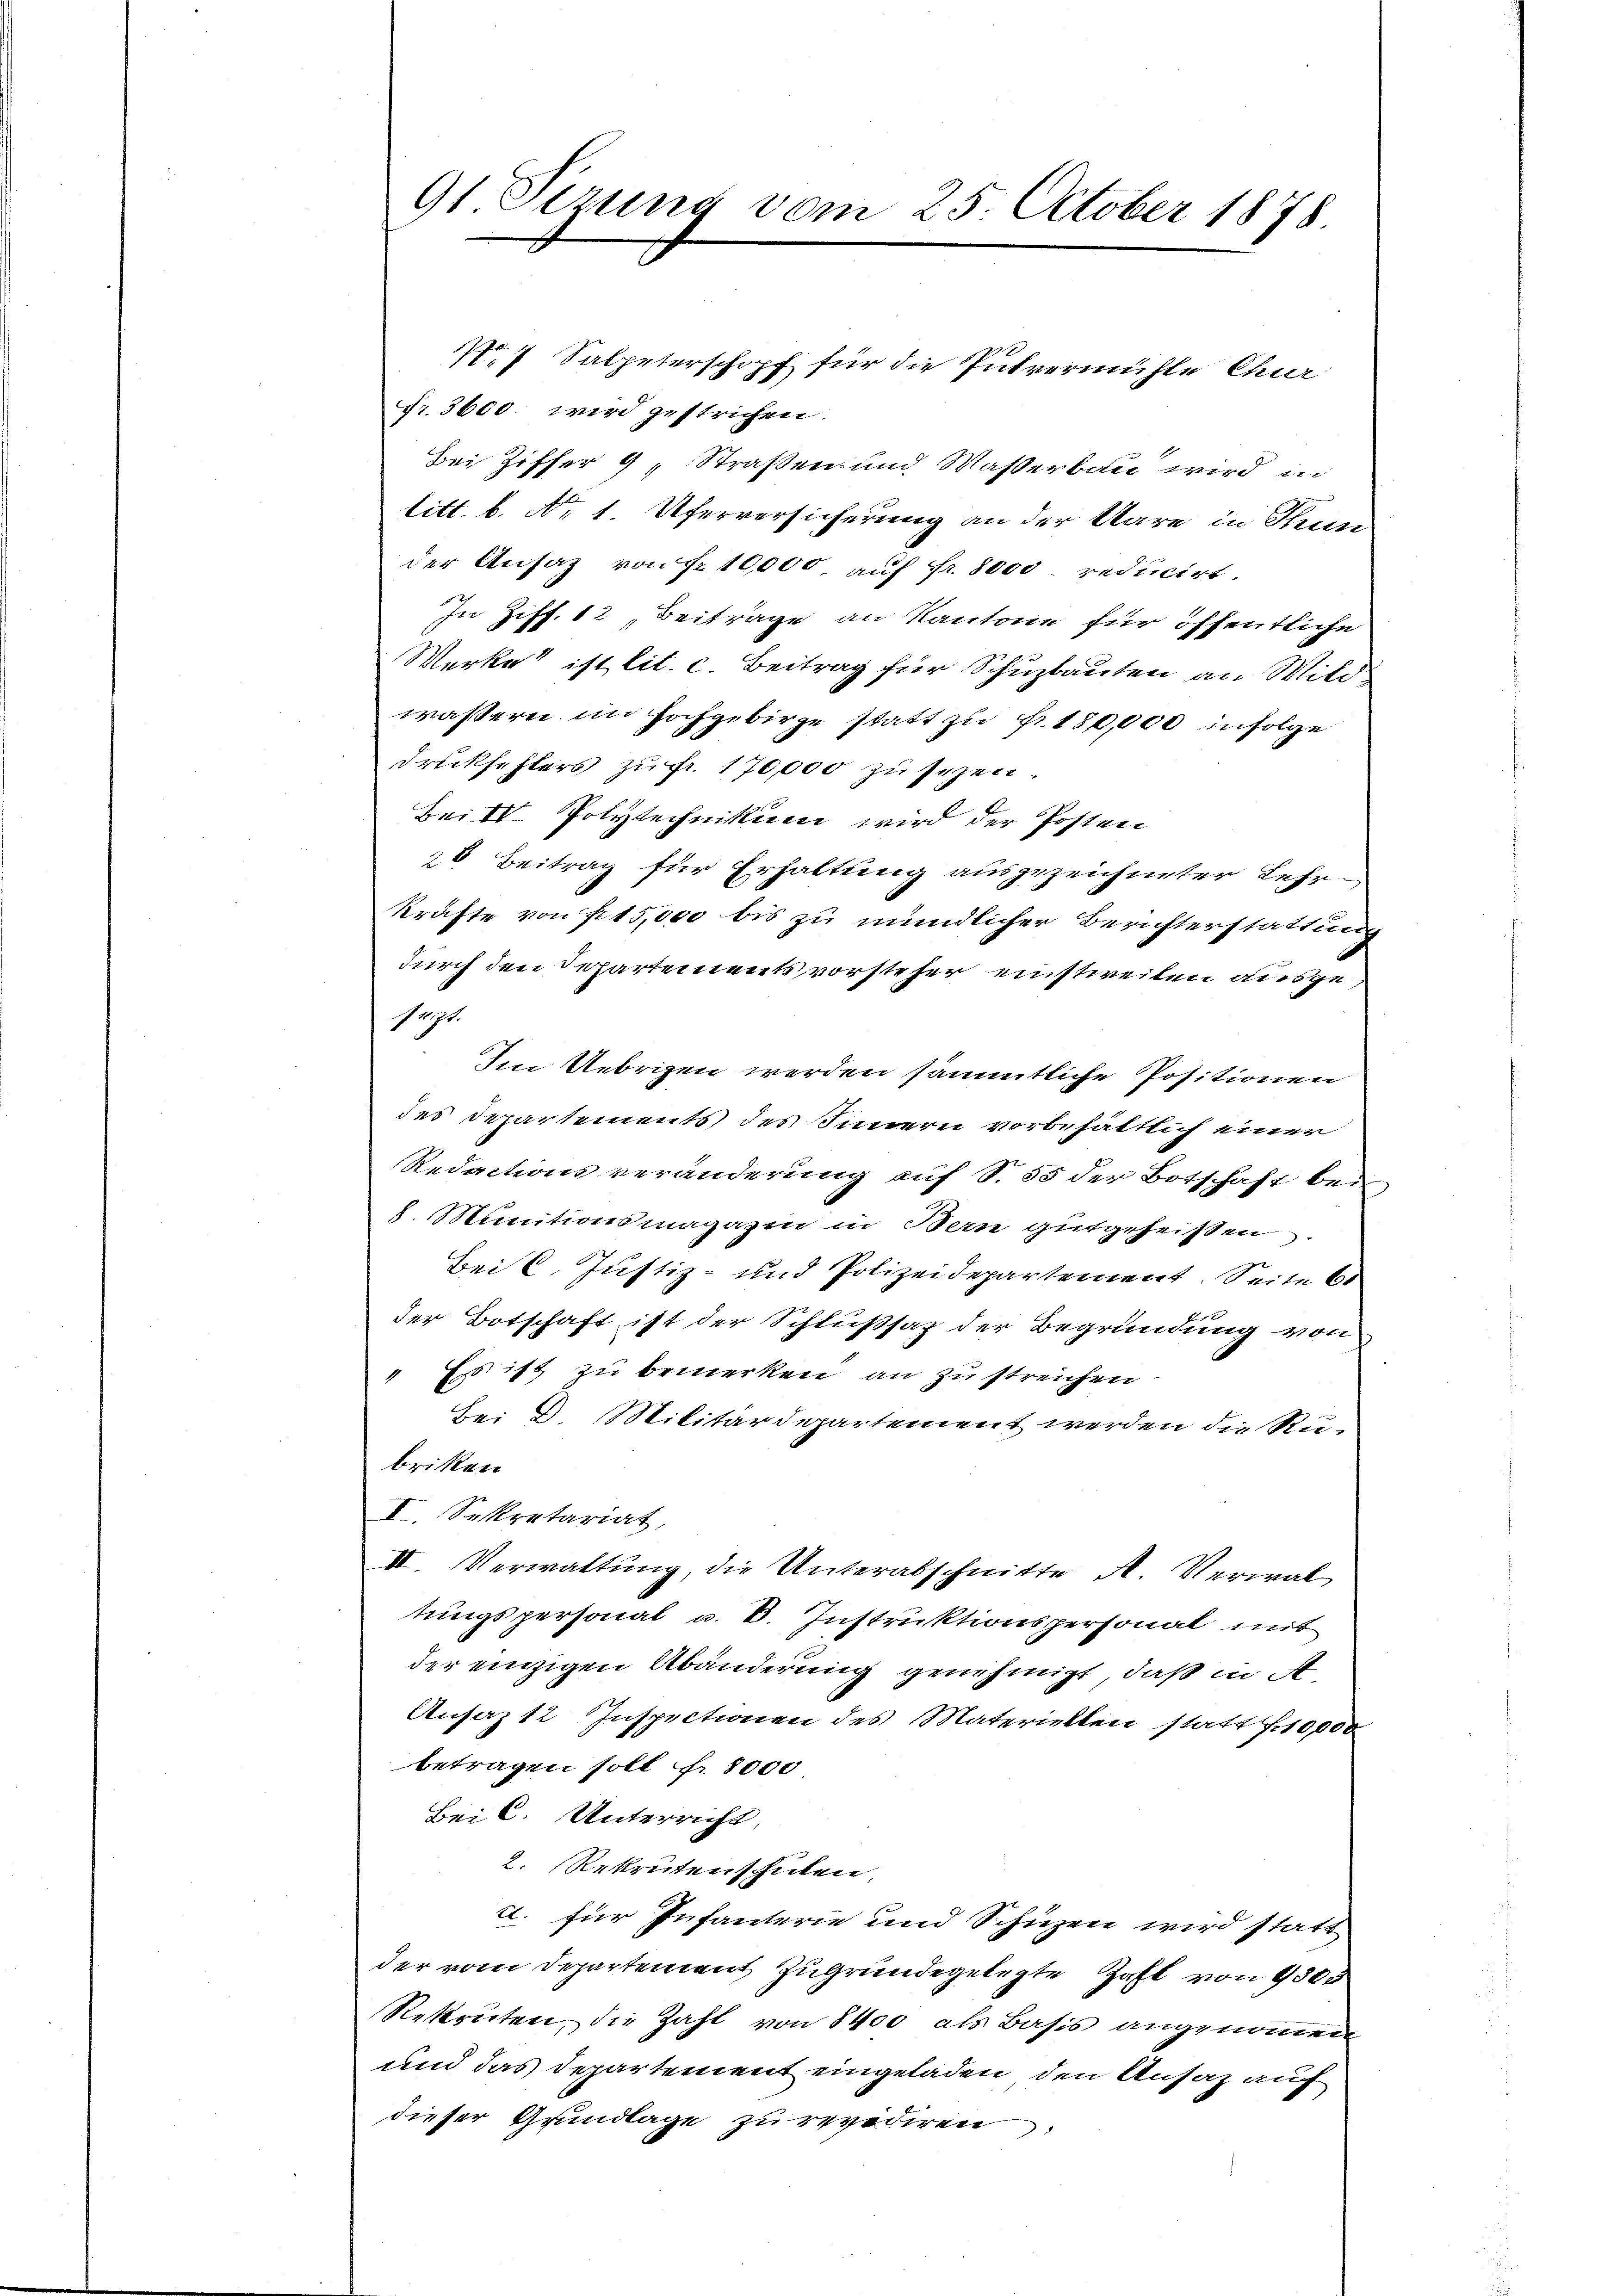
N.7 Salpeterschopf für die Putvermühle Chur
Fr. 3600. wird gestrichen.
Bei Ziffer 9 Straßen und Waßerbau wird in
litt. b. No 1. Uferversicherung an der Wäre in Thun
der Ansaz von Fr. 10,000 auf Fr. 8000 reducirt.
In Ziff. 12 „Beiträge an Kantone für öffentliche
Werke ist lit. c. Beitrag für Schuzbauten an Wild
wassern im Hochgebirge statt zu Fr. 180,000 in Folge
Druckschlers zu fr. 170,000 zu sezen.
Bei1 Polytechnikum wird der Posten
26 Beitrag für Erhaltung ausgezeichneter Lehrkräfte von f 15,000 bis zu mündlicher Berichterstattung
durch den Separtements vorsteher einstweilen ausgesuzt.
Im Uebrigen werden sämmtliche Positionen
des Departements des Innern vorbehältlich einer
Redactionsveränderung auf S. 55 der Botschaft bei
8. Munitionsmagazin in Bern gutgeheißen
Bei l. Justiz- und Polizeidepartement. Seite 61
der Botschaft ist der Schlußsaz der Begründung von
" Es ist zu bemerken an zu streichen
Bei D. Militärdepartement werden die Ru-
briken
I. Sekretariat,
II. Verwaltung, die Unterabschnitte A. Verwal
tungspersonal u. B. Instruktionspersonat mit
der einzigen Abänderung genehmigt, daß in ist
Ansaz 12 Inspectionen des Materiellen statt f. 10000
betragen soll f. 8000
Bei C. Unterricht,
2. Rekrutenschulen,
2. für Infanterie und Schüzen wird statt
der vom Departement zugrundegelegte Haft von 1803
Rekruten, die Zahl von 8400 als Basis angenommen
und das Departement eingeladen, den Ansaz auf
dieser Grundlage zu revidiren

91. Sezung vom 25. October 1878